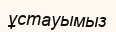
ұстауымыз